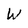
Character: W